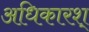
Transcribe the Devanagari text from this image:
अधिकारश्